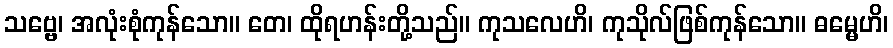
သဗ္ဗေ၊ အလုံးစုံကုန်သော။ တေ၊ ထိုရဟန်းတို့သည်။ ကုသလေဟိ၊ ကုသိုလ်ဖြစ်ကုန်သော။ ဓမ္မေဟိ၊